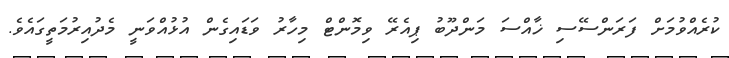
ކުރެއްވުމަށް ފަރަންސޭސި ޚާއްސަ މަންދޫބު ޕިއެރޭ ވިމޮންޓް މިހާރު ވަޑައިގެން އުޅުއްވަނީ މެދުއިރުމަތީގައެވެ.